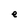
Character: e